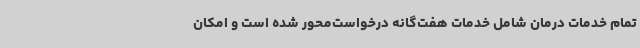
تمام خدمات درمان شامل خدمات هفت‌گانه درخواست‌محور شده است و امکان